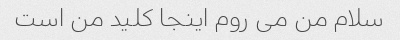
سلام من می روم اینجا کلید من است